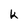
Character: k